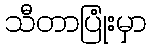
သီတာပြုံးမှာ